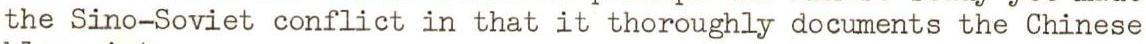
the Sino-Soviet conflict in that it thoroughly documents the Chinese